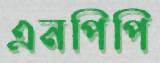
এনপিপি